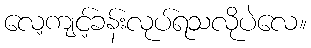
လေ့ကျင့်ခန်းလုပ်ရသလိုပဲလေ။